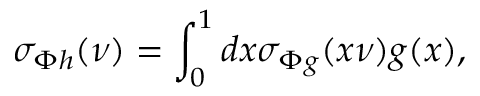
\sigma _ { \Phi h } ( \nu ) = \int _ { 0 } ^ { 1 } d x \sigma _ { \Phi g } ( x \nu ) g ( x ) ,